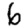
Digit: 6